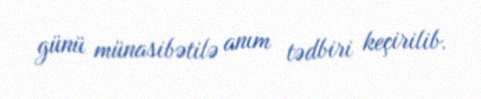
günü münasibətilə anım tədbiri keçirilib.